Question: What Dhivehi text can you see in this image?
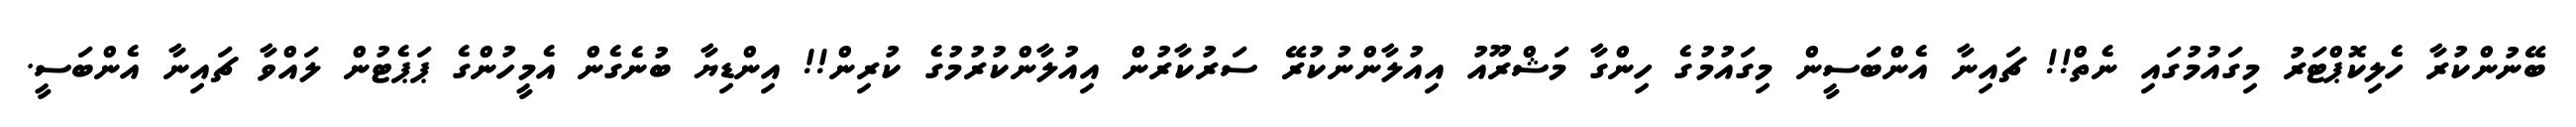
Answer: ބޭނުންކުރާ ހެލިކޮޕްޓަރު މިގައުމުގައި ނެތް!! ޗައިނާ އެންބަސީން މިގައުމުގެ ހިންގާ މަޝްރޫއު އިއުލާންނުކުރޭ ސަރުކާރުން އިއުލާންކުރުމުގެ ކުރިން!! އިންޑިޔާ ބުނެގެން އެމީހުންގެ ޕަޕެޓުން ލައްވާ ޗައިނާ އެންބަސީ.